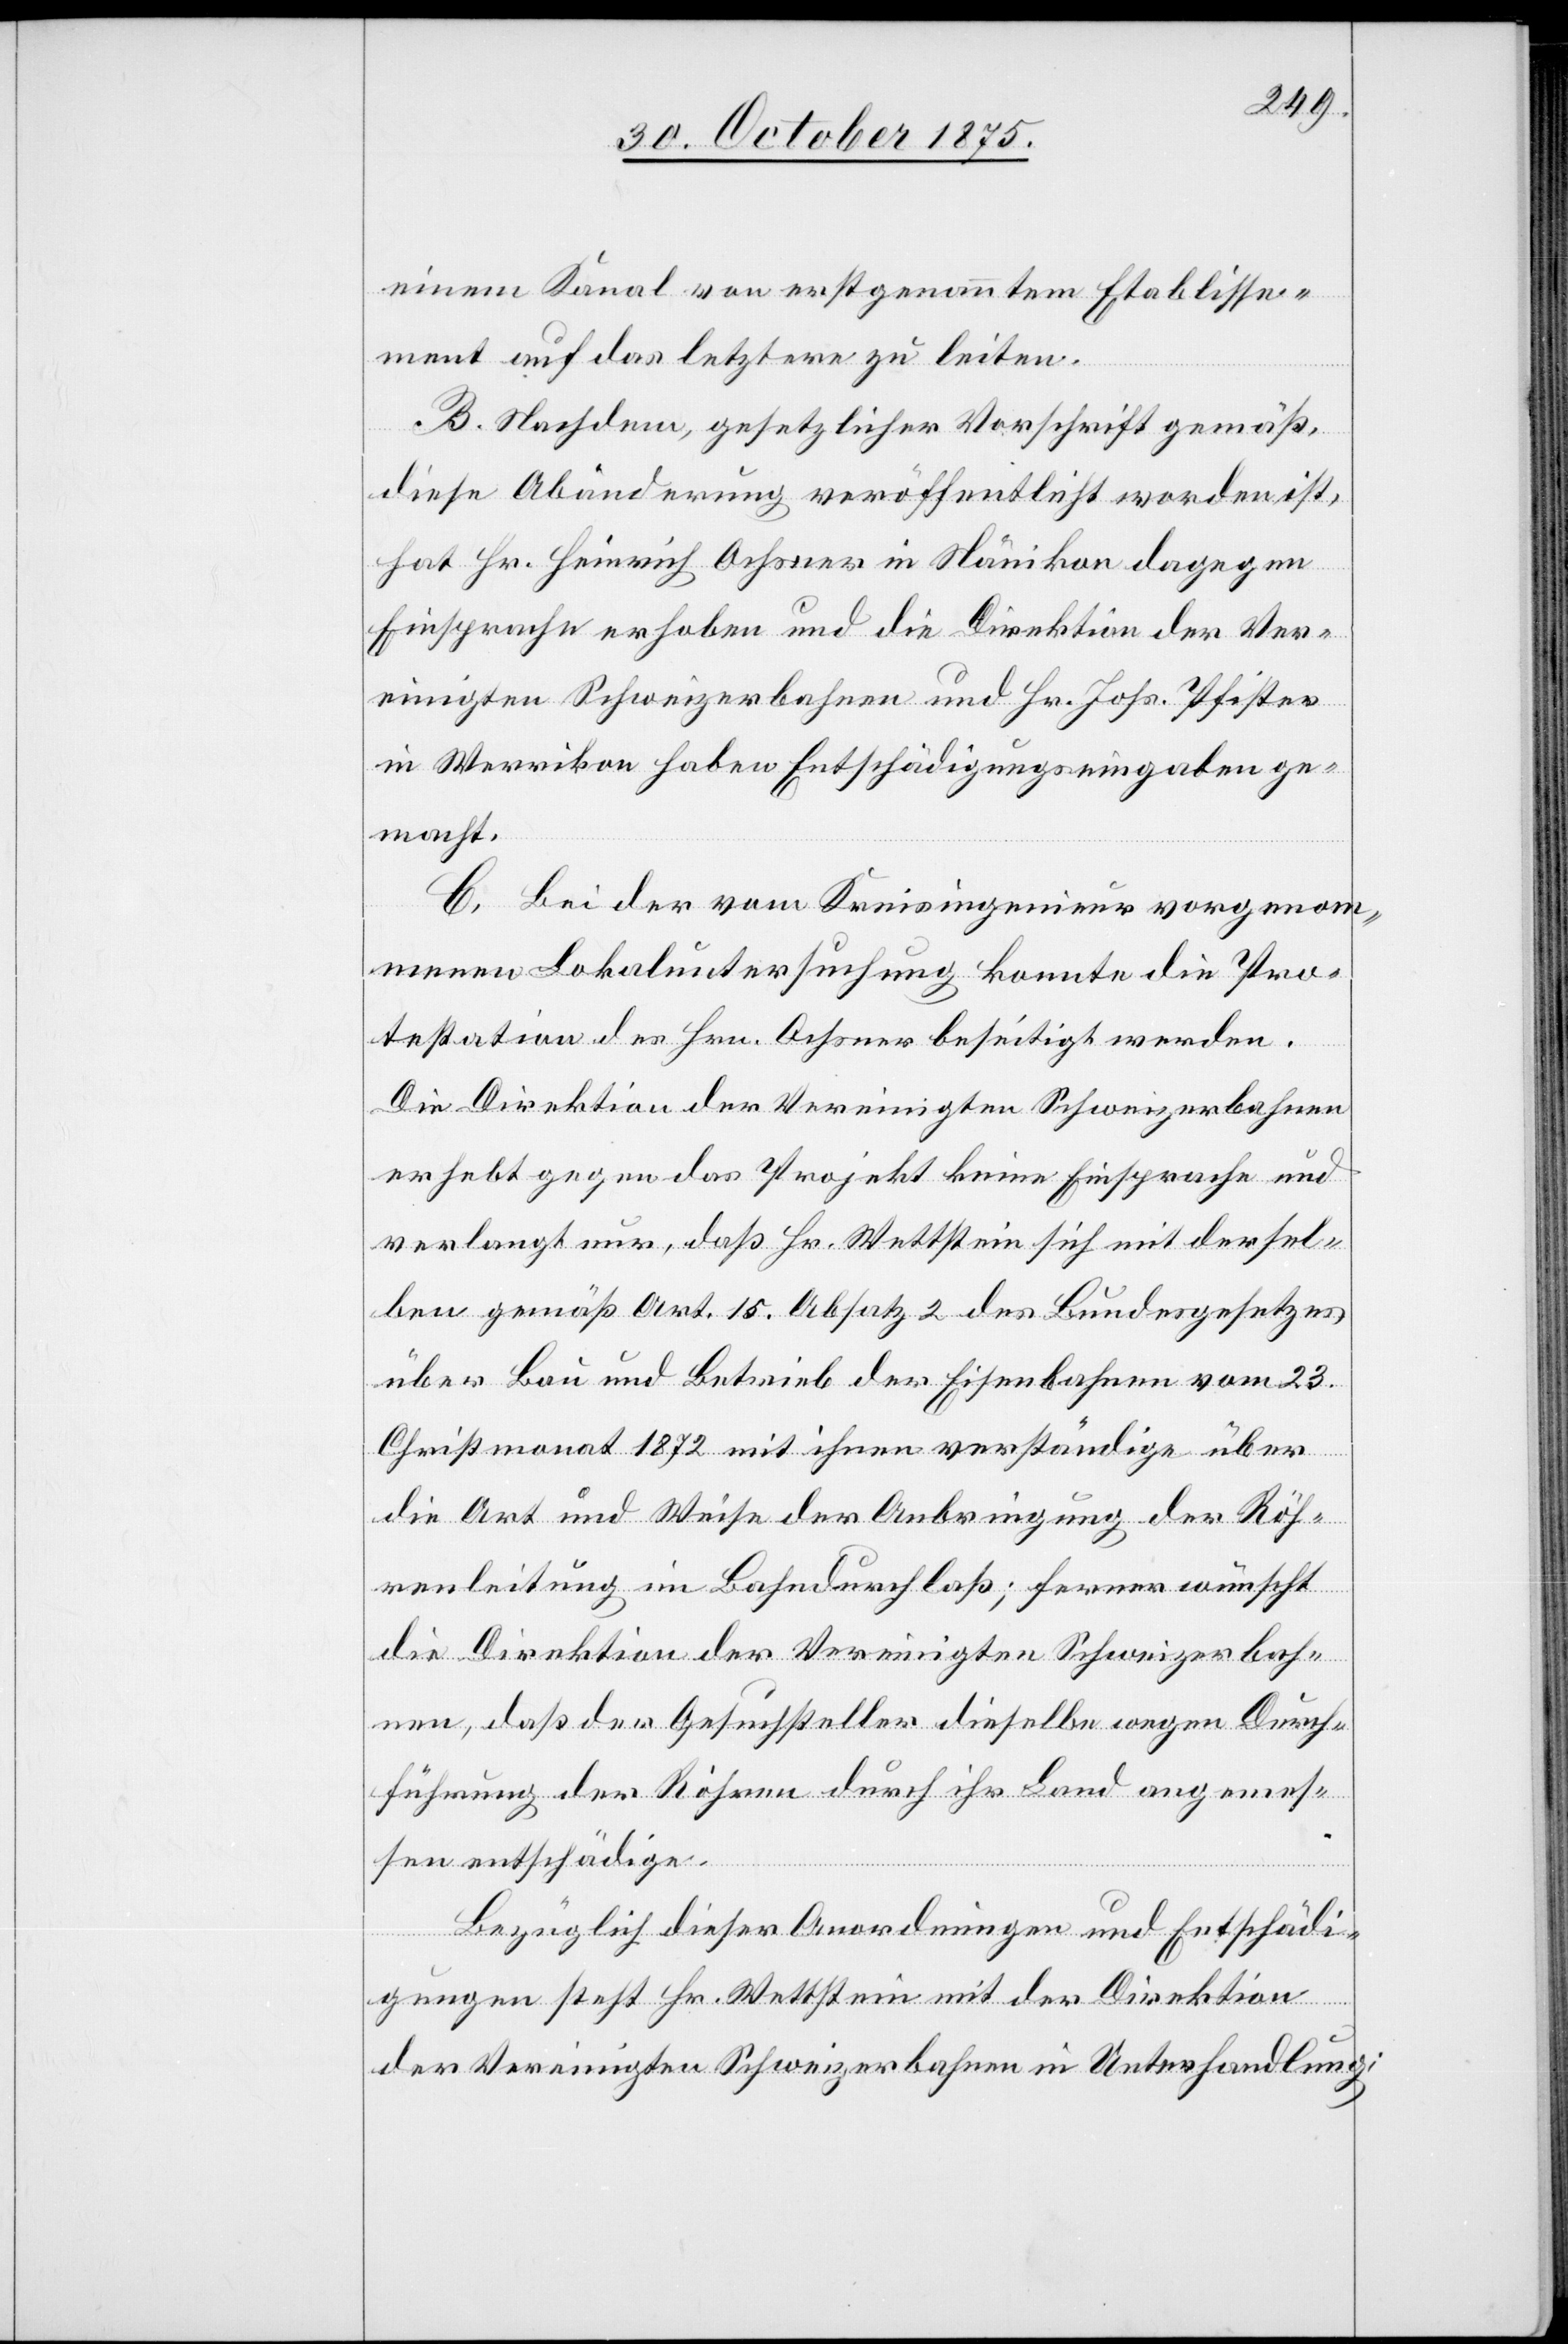
einem Kanal von erstgenanntem Etablisse¬
ment auf das letztere zu leiten.
B. Nachdem, gesetzlicher Vorschrift gemäß,
diese Abänderung veröffentlicht worden ist,
hat Hr. Heinrich Ochsner in Nänikon dagegen
Einsprache erhoben und die Direktion der Ver¬
einigten Schweizerbahnen und Hr. Johs. Pfister
in Werrikon haben Entschädigungseingaben ge¬
macht.
C. Bei der vom Kreisingenieur vorgenom¬
menen Lokaluntersuchung konnte die Pro¬
testation des Hrn. Ochsner beseitigt werden.
Die Direktion der Vereinigten Schweizerbahnen
erhebt gegen das Projekt keine Einsprache und
verlangt nur, daß Hr.Wettstein sich mit dersel¬
ben gemäß Art. 15 Absatz 2 des Bundesgesetzes
über Bau und Betrieb der Eisenbahnen vom 23.
Christmonat 1872 mit ihnen verständige über
die Art und Weise der Anbringung der Röh¬
renleitung im Bahndurchlaß; ferner wünscht
die Direktion der Vereinigten Schweizerbah¬
nen, daß der Gesuchsteller dieselbe wegen Durch¬
führung der Röhren durch ihr Land angemes¬
sen entschädige.
Bezüglich dieser Anordnungen und Entschädi¬
gungen steht Hr. Wettstein mit der Direktion
der Vereinigten Schweizerbahnen in Unterhandlung;